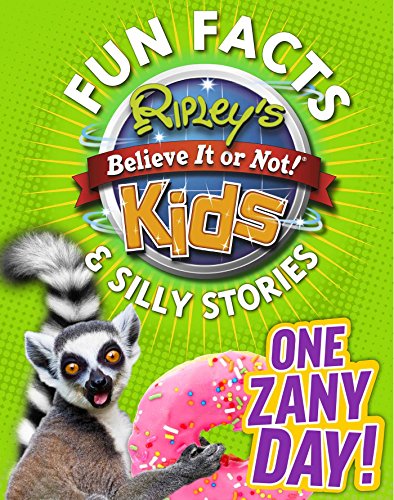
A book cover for Ripley's Fun Facts & Silly Stories: ONE ZANY DAY!; Ripley's Believe It Or Not; Children's Books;